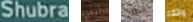
Shubra أنني مطلب واثقه